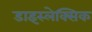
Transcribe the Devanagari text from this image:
डाइस्लेक्सिक